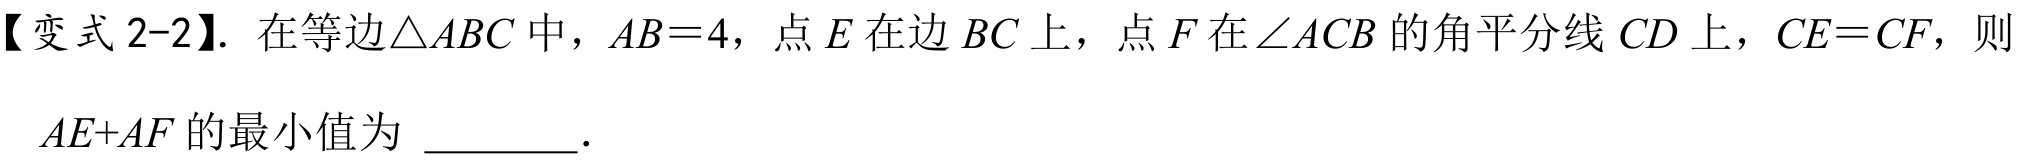
【变式2-2】. 在等边\(\triangle ABC\) 中，\(AB = 4\)，点 \(E\) 在边 \(BC\) 上，点 \(F\) 在\(\angle ACB\) 的角平分线 \(CD\) 上，\(CE = CF\)，则
\(AE + AF\) 的最小值为  .